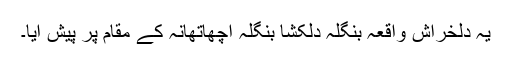
یہ دلخراش واقعہ بنگلہ دلکشا بنگلہ اچھاتھانہ کے مقام پر پیش آیا۔